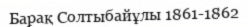
Барақ Солтыбайұлы 1861-1862